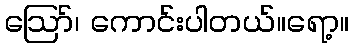
ဪ၊ ကောင်းပါတယ်။ရော့။